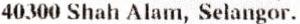
40300 SHAH ALAM, SELANGOR.